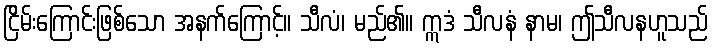
ငြိမ်းကြောင်းဖြစ်သော အနက်ကြောင့်။ သီလံ၊ မည်၏။ ဣဒံ သီလနံ နာမ၊ ဤသီလနဟူသည်